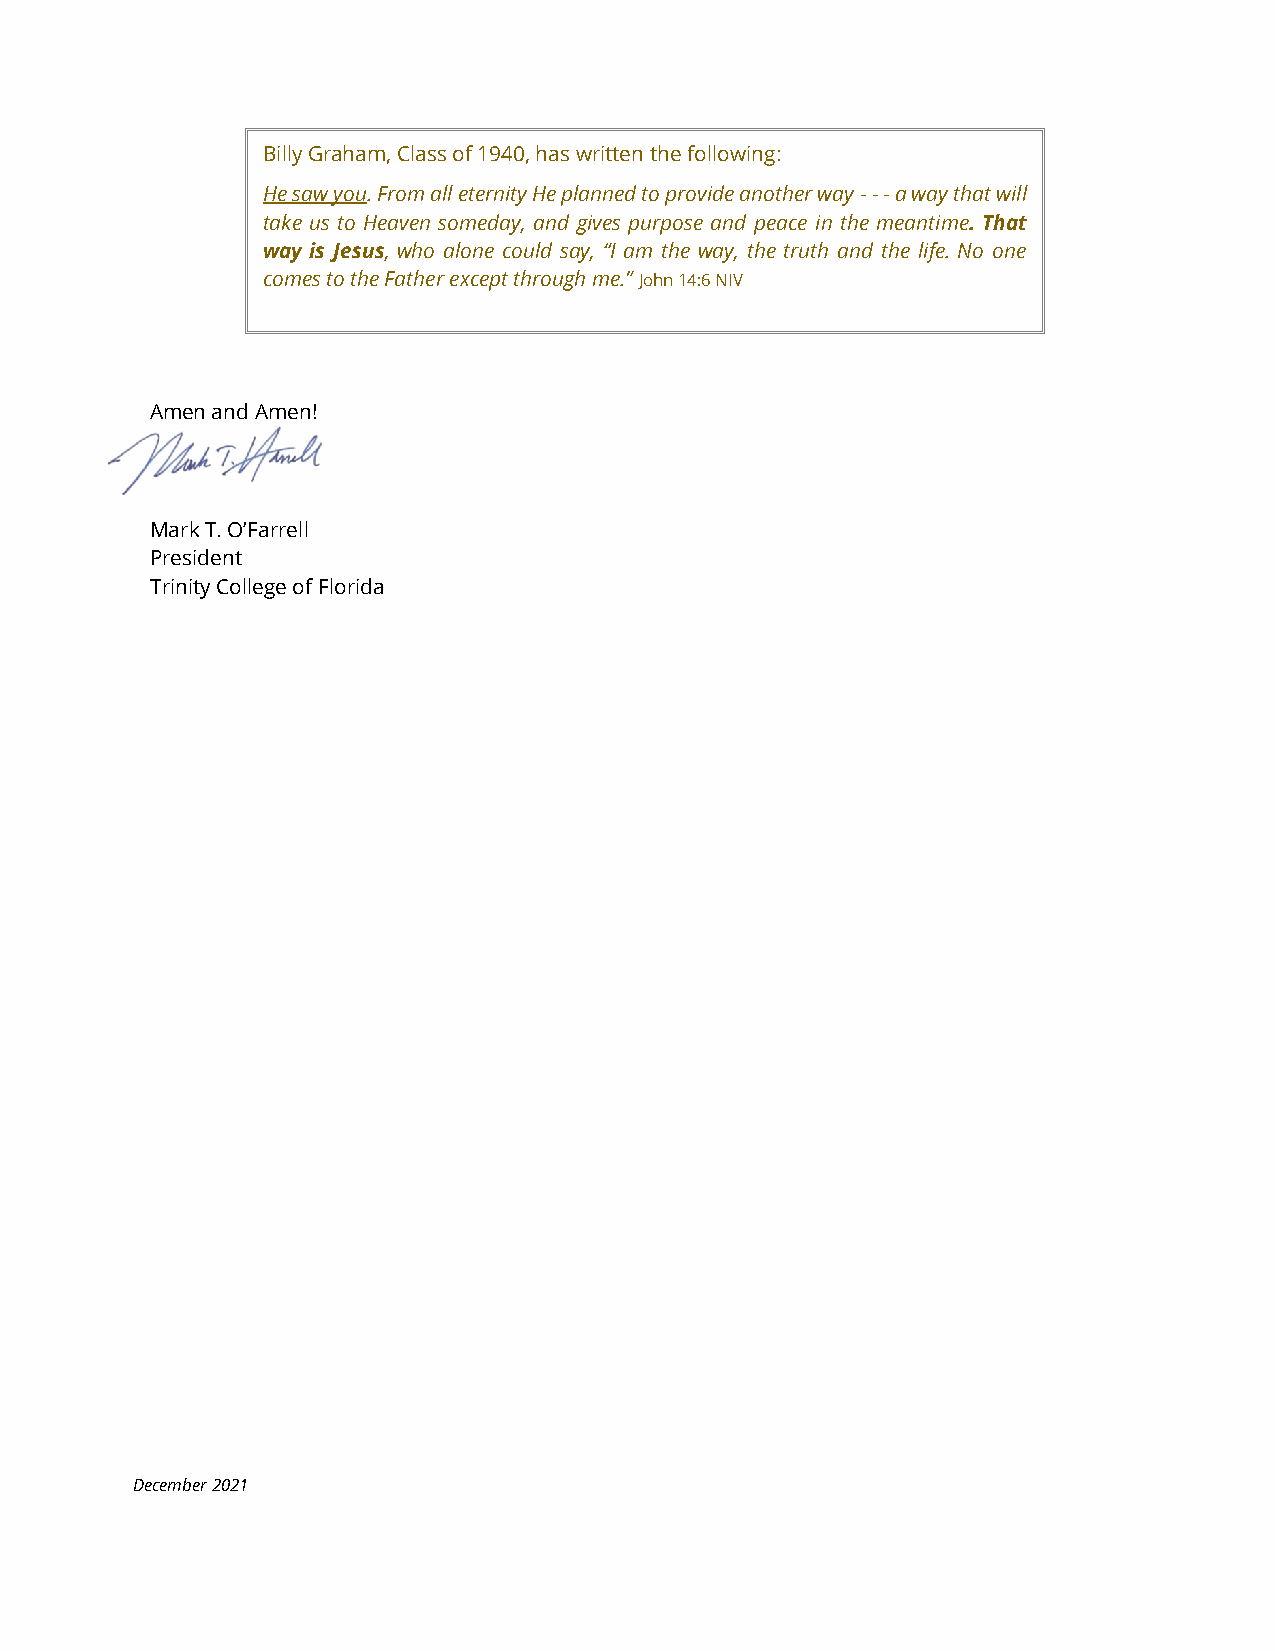
Billy Graham, Class of 1940, has written the following:
 He saw you. From all eternity He planned to provide another way - - - a way that will
 take us to Heaven someday, and gives purpose and peace in the meantime. That
 way is Jesus, who alone could say, “I am the way, the truth and the life. No one
 comes to the Father except through me.” John 14:6 NIV
 Amen and Amen!
 Mark T. O’Farrell
 President
 Trinity College of Florida
 December 2021